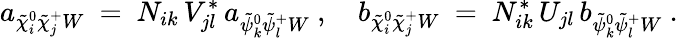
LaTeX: a_{\tilde{\chi}_{i}^{0}\tilde{\chi}_{j}^{+}W}\ =\ N_{ik}\, V_{jl}^{*}\, a_{\tilde{\psi}_{k}^{0}\tilde{\psi}_{l}^{+}W}~,~~~~b_{\tilde{\chi}_{i}^{0}\tilde{\chi}_{j}^{+}W}\ =\ N_{ik}^{*}\, U_{jl}\, b_{\tilde{\psi}_{k}^{0}\tilde{\psi}_{l}^{+}W}~.